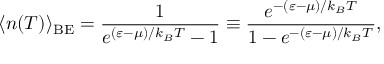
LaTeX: \langle n ( T ) \rangle _ { \mathrm { { B E } } } = \frac { 1 } { e ^ { ( \varepsilon - \mu ) / k _ { B } T } - 1 } \equiv \frac { e ^ { - ( \varepsilon - \mu ) / k _ { B } T } } { 1 - e ^ { - ( \varepsilon - \mu ) / k _ { B } T } } ,